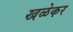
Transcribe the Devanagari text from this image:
खळेकर